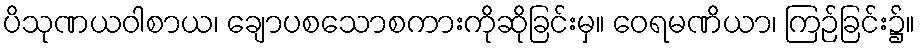
ပိသုဏယဝါစာယ၊ ချောပစသောစကားကိုဆိုခြင်းမှ။ ဝေရမဏိယာ၊ ကြဉ်ခြင်း၌။